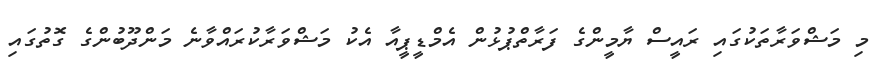
މި މަޝްވަރާތަކުގައި ރައީސް ޔާމީންގެ ފަރާތްޕުޅުން އެމްޑީޕީއާ އެކު މަޝްވަރާކުރައްވާނެ މަންދޫބުންގެ ގޮތުގައި